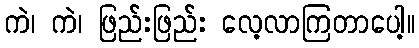
ကဲ၊ ကဲ၊ ဖြည်းဖြည်း လေ့လာကြတာပေါ့။